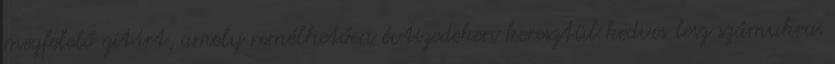
megfelelő gitárt, amely remélhetően évtizedeken keresztül kedves lesz számukra.